Insane asylums Bombay 1873-77 - 1873-1877
Year: 1873
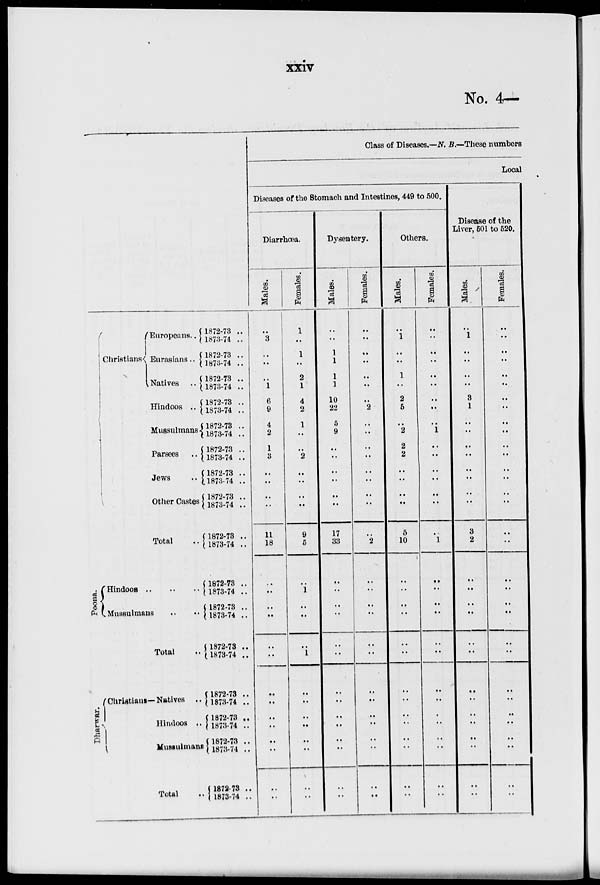
xxiv
No. 4—
Christians
Europeans..
Eurasians..
Natives ..
Hindoos ..
Mussulmans
Parsees ..
Jews ..
Other Castes
Total ..
Poona.
Hindoos ..
..
..
Mussulmans .. ..
Total
Dharwar.
Christians Natives ..
Hindoos ..
Mussulmans
Total
1872-73 ..
1873-74 ..
1872-73 ..
1873-74 ..
1872-73 ..
1873-74 ..
1872-73 ..
1873-74 ..
1872-73 ..
1873-74 ..
1872-73 ..
1873-74 ..
1872-73 ..
1873-74 ..
1872-73 ..
1873-74 ..
1872-73 ..
1873-74 ..
1872-73 ..
1873-74 ..
1872-73 ..
1873-74 ..
1872-73 ..
1873-74 ..
1872-73 ..
1873-74 ..
1872-73 ..
1873-74 ..
1872-73 ..
1873-74 ..
1872-73 ..
1873-74 ..
Class of Diseases.—N. B.—These numbers
Local
Diseases of the Stomach and Intestines, 449 to 500.
Diarrhœa.
Males.
..
3
..
..
..
1
6
9
4
2
1
3
..
..
..
..
11
18
..
..
..
..
..
..
..
..
..
..
..
..
..
..
Females.
1
..
1
..
2
1
4
2
1
..
..
2
..
..
..
..
9
5
..
1
..
..
..
1
..
..
..
..
..
..
..
..
Dysentery.
Males.
..
..
1
1
1
1
10
22
5
9
..
..
..
..
..
..
17
33
..
..
..
..
..
..
..
..
..
..
..
..
..
..
Females.
..
..
..
..
..
..
..
2
..
..
..
..
..
..
..
..
..
2
..
..
..
..
..
..
..
..
..
..
..
..
..
..
Others.
Males.
..
1
..
..
1
..
2
5
..
2
2
2
..
..
..
..
5
10
..
..
..
..
..
..
..
..
..
..
..
..
..
..
Females.
..
..
..
..
..
..
..
..
..
1
..
..
..
..
..
..
..
1
..
..
..
..
..
..
..
..
..
..
..
..
..
..
Disease of the
Liver, 501 to 520.
Males.
..
1
..
..
..
..
3
1
..
..
..
..
..
..
..
..
3
2
..
..
..
..
..
..
..
..
..
..
..
..
..
..
Females.
..
..
..
..
..
..
..
..
..
..
..
..
..
..
..
..
..
..
..
..
..
..
..
..
..
..
..
..
..
..
..
..